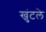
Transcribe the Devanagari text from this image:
खुंटले